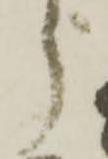
う